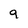
Character: 9